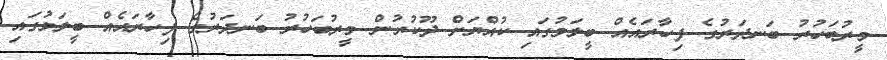
މީރުބަހުރު ބަނދަރުގެ ފިހާރައެއް ބީލަމުގައި ކުއްޔަށް ދޫކުރުން މީރުބަހުރު ބަނދަރުގެ ފިހާރައެއް ބީލަމުގައި